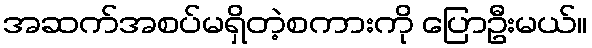
အဆက်အစပ်မရှိတဲ့စကားကို ပြောဦးမယ်။